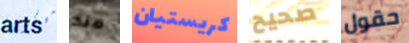
سيكون منذ كريستيان صحيح حقول